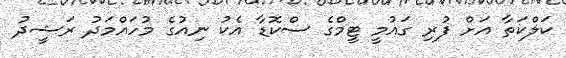
ކަލްކަތާ އަށް ފުރި ގައުމީ ޓީމްގެ ސްކޮޑާ އެކު ނިއުގެ މުހައްމަދު ރަޝީދު